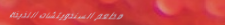
مطعم السندويتشات اللذيذة